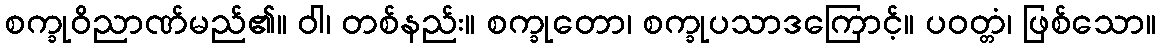
စက္ခုဝိညာဏ်မည်၏။ ဝါ၊ တစ်နည်း။ စက္ခုတော၊ စက္ခုပသာဒကြောင့်။ ပဝတ္တံ၊ ဖြစ်သော။